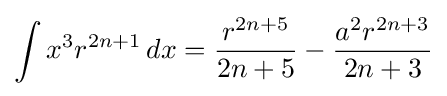
\int x^{3}r^{2n+1}\,dx={\frac {r^{2n+5}}{2n+5}}-{\frac {a^{2}r^{2n+3}}{2n+3}}